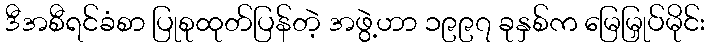
ဒီအစီရင်ခံစာ ပြုစုထုတ်ပြန်တဲ့ အဖွဲ့ဟာ ၁၉၉၇ ခုနှစ်က မြေမြှုပ်မိုင်း